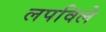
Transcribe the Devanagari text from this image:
लपविले